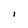
Character: I